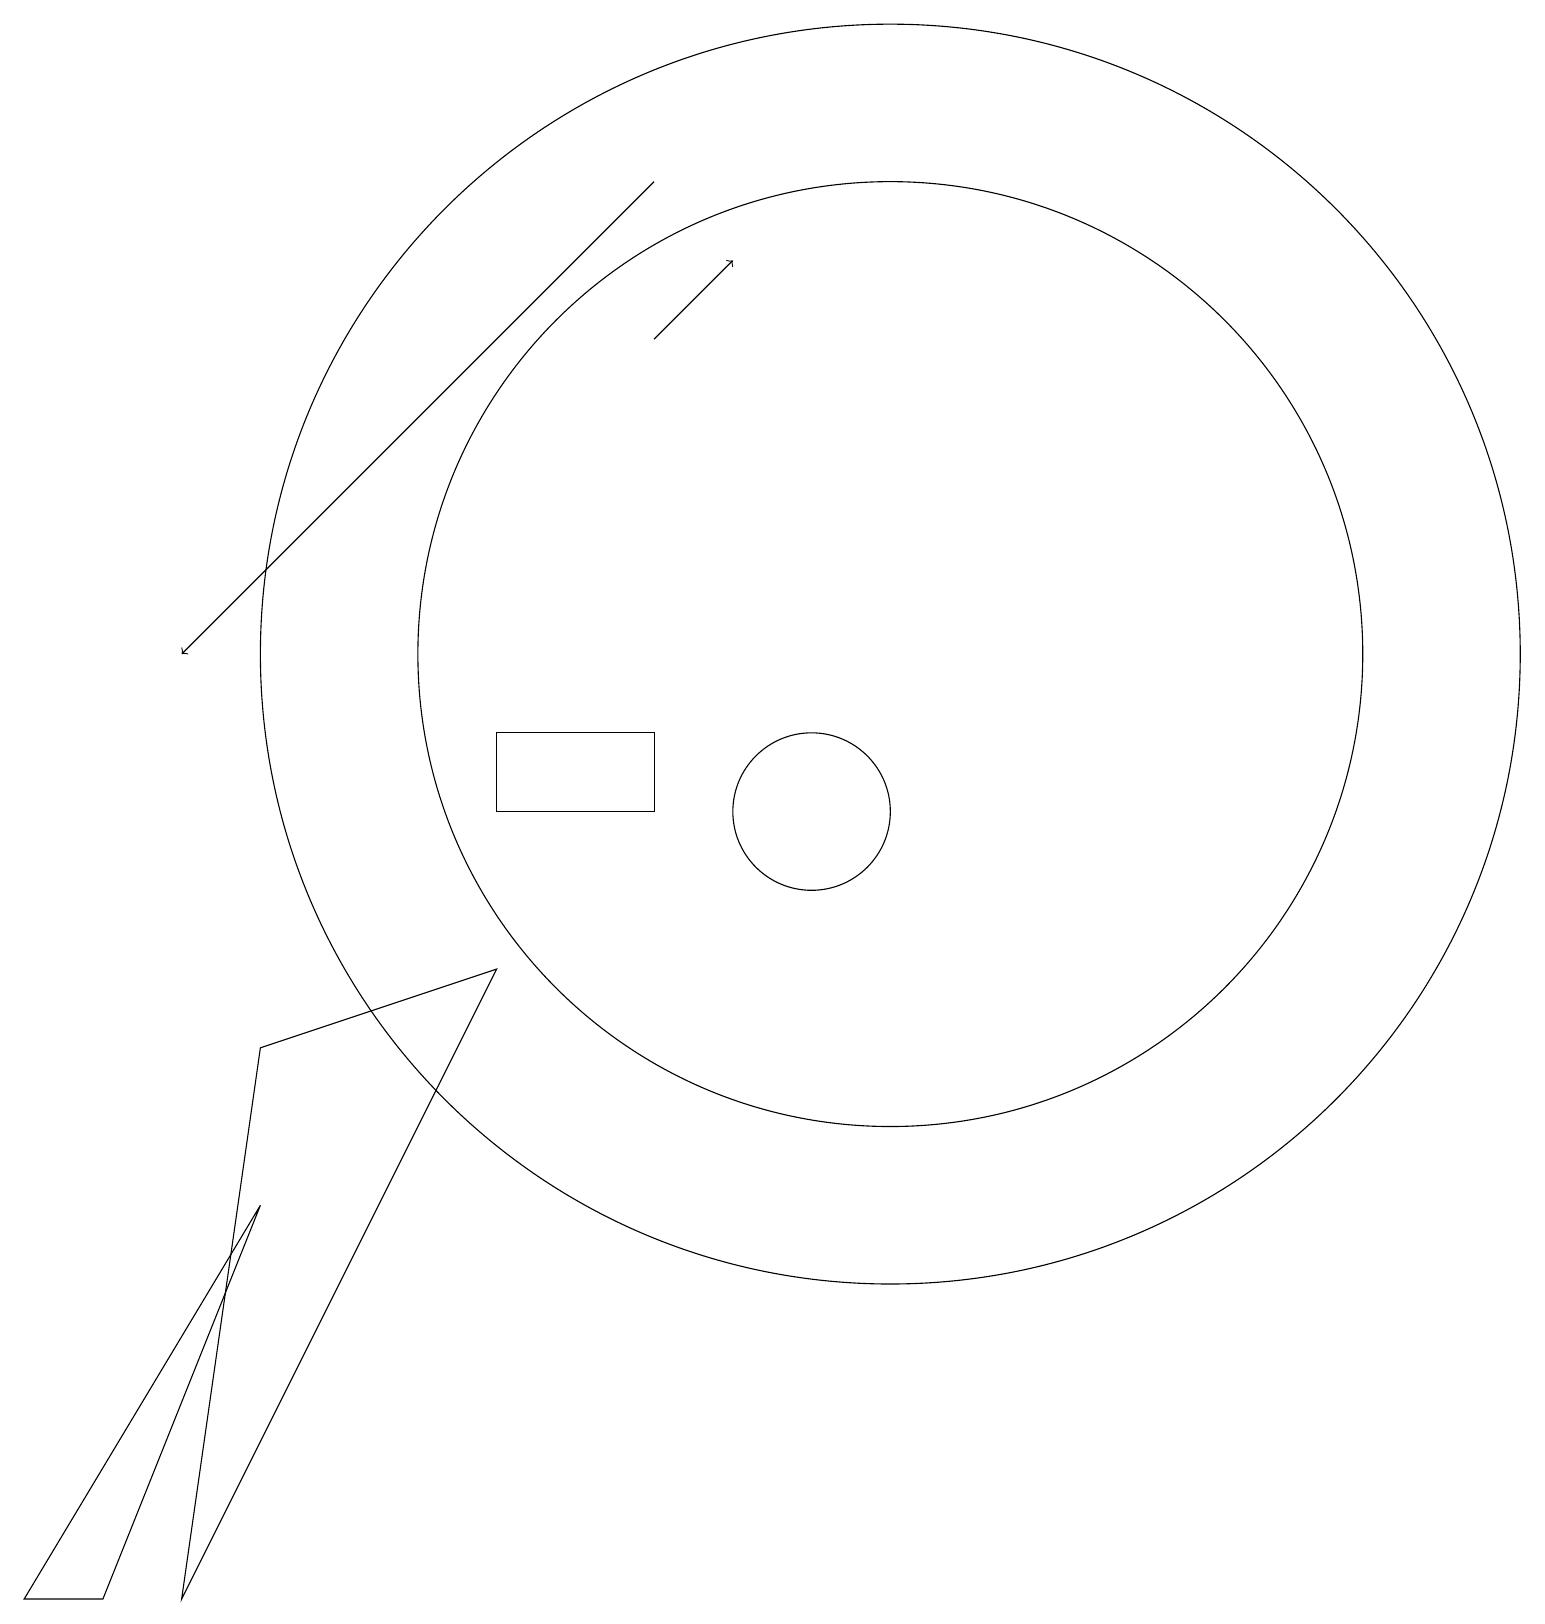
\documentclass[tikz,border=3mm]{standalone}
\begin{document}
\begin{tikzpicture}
\draw (10,10) circle (1);
\draw (6,10) rectangle (8,11);
\draw[->] (8,16) -- (9,17);
\draw[->] (8,18) -- (2,12);
\draw (6,8) -- (2,0) -- (3,7) -- cycle;
\draw (11,12) circle (6);
\draw (0,0) -- (1,0) -- (3,5) -- cycle;
\draw (11,12) circle (8);
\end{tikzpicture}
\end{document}